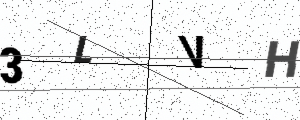
Text: 3LVH